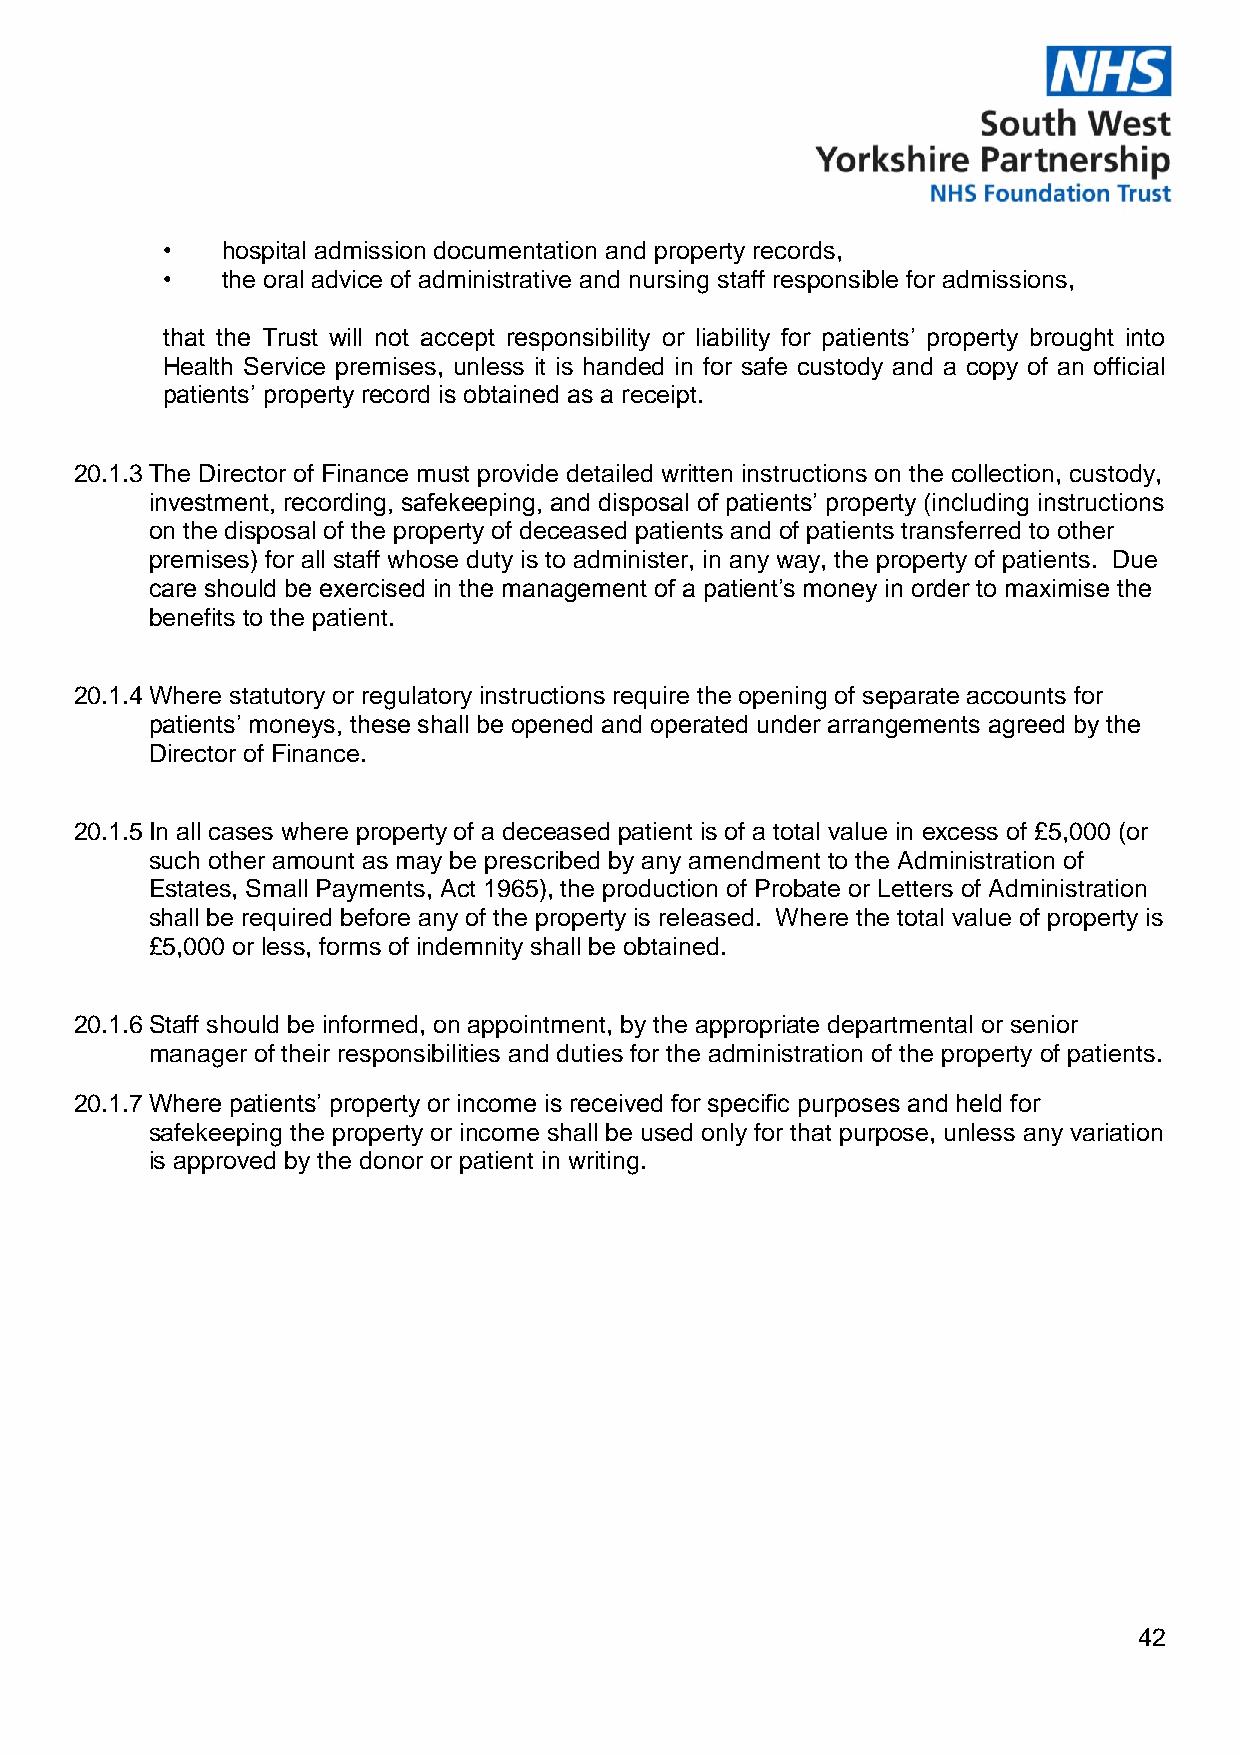
•   hospital admission documentation and property records,
 •   the oral advice of administrative and nursing staff responsible for admissions,
 that the Trust will not accept responsibility or liability for patients’ property brought into
 Health Service premises, unless it is handed in for safe custody and a copy of an official
 patients’ property record is obtained as a receipt.
 20.1.3 The Director of Finance must provide detailed written instructions on the collection, custody,
 investment, recording, safekeeping, and disposal of patients’ property (including instructions
 on the disposal of the property of deceased patients and of patients transferred to other
 premises) for all staff whose duty is to administer, in any way, the property of patients. Due
 care should be exercised in the management of a patient’s money in order to maximise the
 benefits to the patient.
 20.1.4 Where statutory or regulatory instructions require the opening of separate accounts for
 patients’ moneys, these shall be opened and operated under arrangements agreed by the
 Director of Finance.
 20.1.5 In all cases where property of a deceased patient is of a total value in excess of £5,000 (or
 such other amount as may be prescribed by any amendment to the Administration of
 Estates, Small Payments, Act 1965), the production of Probate or Letters of Administration
 shall be required before any of the property is released. Where the total value of property is
 £5,000 or less, forms of indemnity shall be obtained.
 20.1.6 Staff should be informed, on appointment, by the appropriate departmental or senior
 manager of their responsibilities and duties for the administration of the property of patients.
 20.1.7 Where patients’ property or income is received for specific purposes and held for
 safekeeping the property or income shall be used only for that purpose, unless any variation
 is approved by the donor or patient in writing.
 42